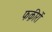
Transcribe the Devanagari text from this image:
फक़ीरों